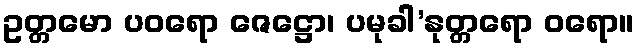
ဥတ္တမော ပဝရော ဇေဋ္ဌော၊ ပမုခါ’နုတ္တရော ဝရော။